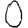
Digit: 0